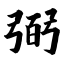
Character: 弼